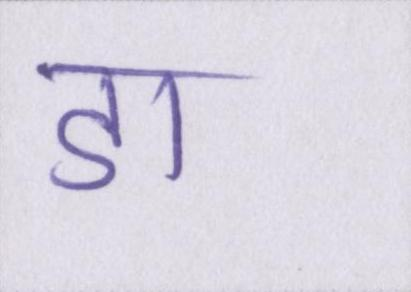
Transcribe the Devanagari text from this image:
डा